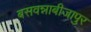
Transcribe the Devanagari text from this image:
बसवन्नाबीजापुर